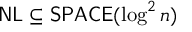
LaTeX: { \mathsf { N L } } \subseteq { \mathsf { S P A C E } } ( \log ^ { 2 } n )